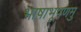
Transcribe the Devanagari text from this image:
भाषाभूषणमु